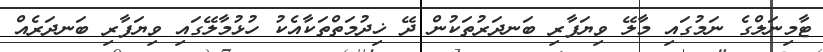
ޓާމިނަލްގެ ނަމުގައި މާލޭ ވިޔަފާރި ބަނދަރުތަކުން ދޭ ޚިދުމަތްތަކާއެކު ހުޅުމާލޭގައި ވިޔަފާރި ބަނދަރެއް